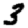
Digit: 3